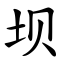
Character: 坝